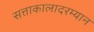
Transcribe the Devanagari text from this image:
सत्ताकालादरम्यान